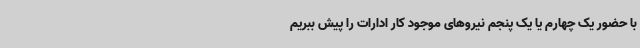
با حضور یک چهارم یا یک پنجم نیروهای موجود کار ادارات را پیش ببریم